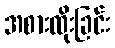
အစားထိုးခြင်း